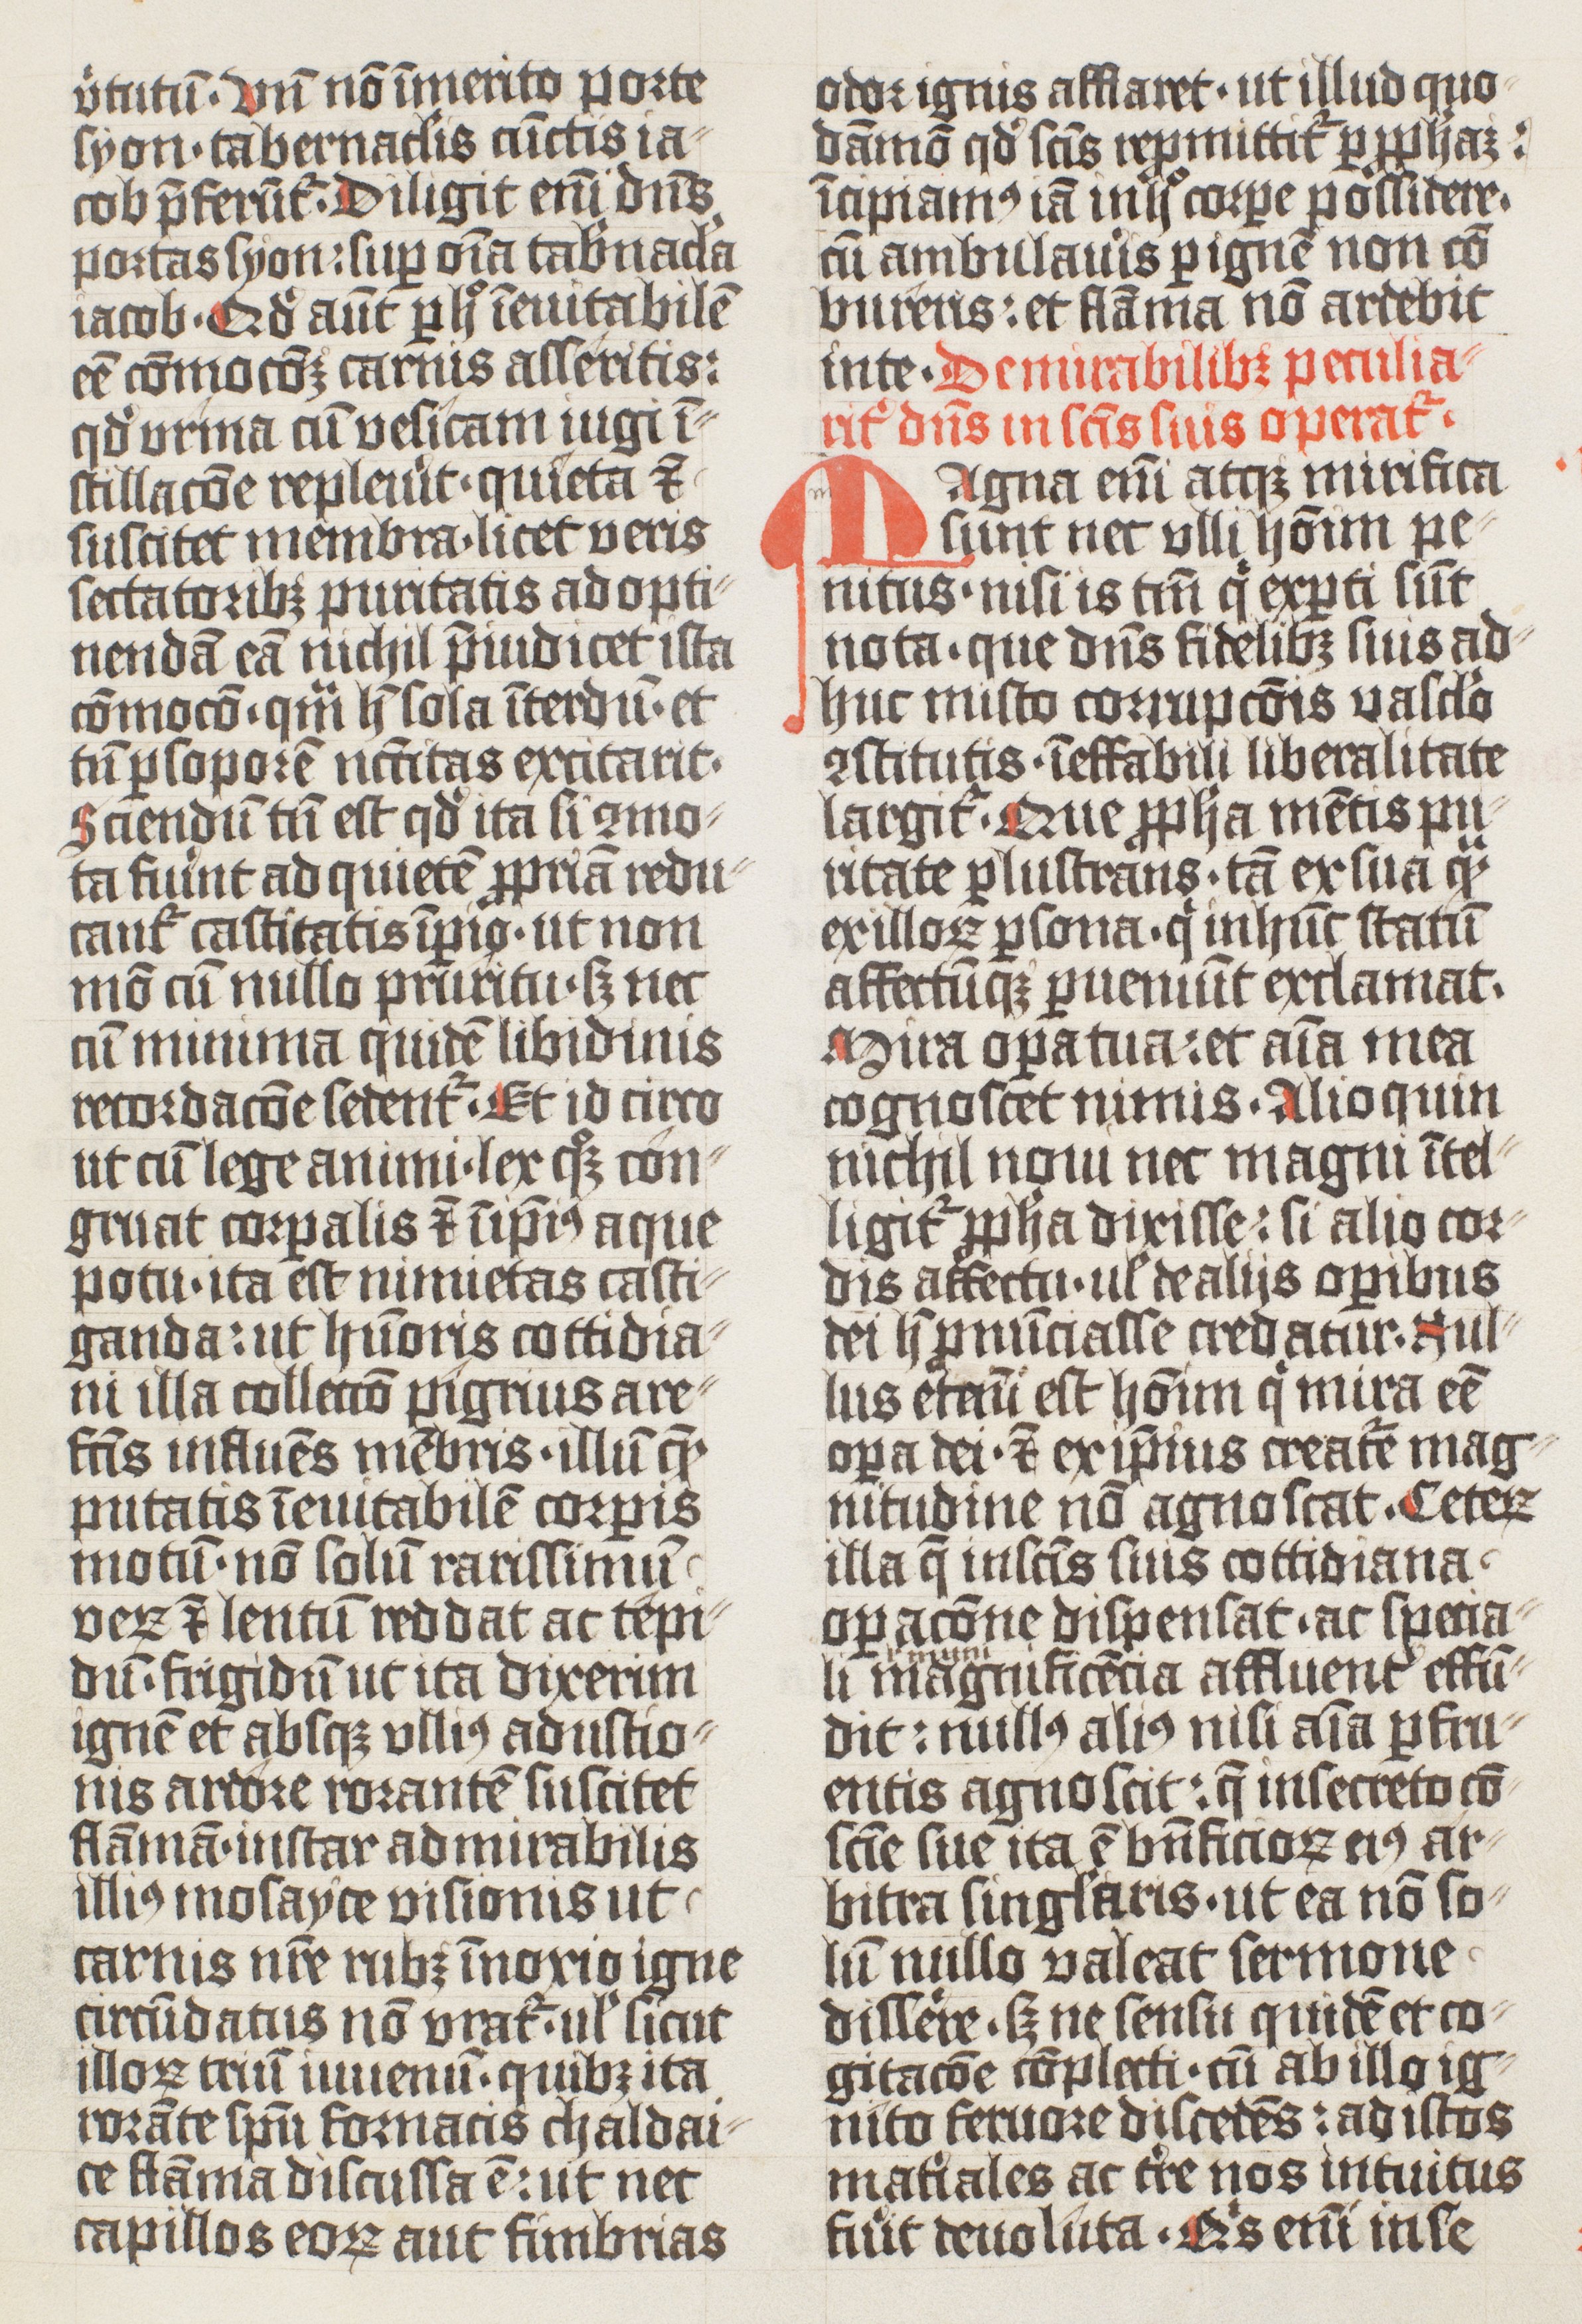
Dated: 1425–1425